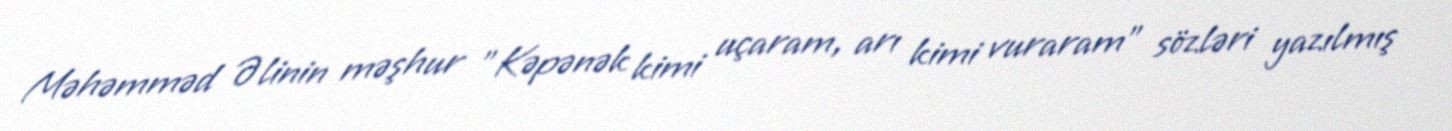
Məhəmməd Əlinin məşhur "Kəpənək kimi uçaram, arı kimi vuraram" sözləri yazılmış